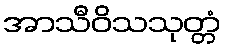
အာသီဝိသသုတ္တံ